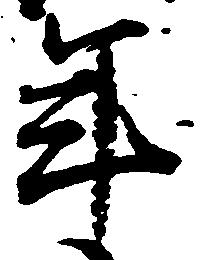
年